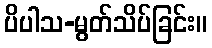
ပိပါသ-မွတ်သိပ်ခြင်း။